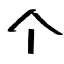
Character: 个